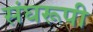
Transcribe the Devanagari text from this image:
संघरूपी